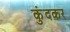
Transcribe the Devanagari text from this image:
कुंदकर